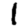
Digit: 1